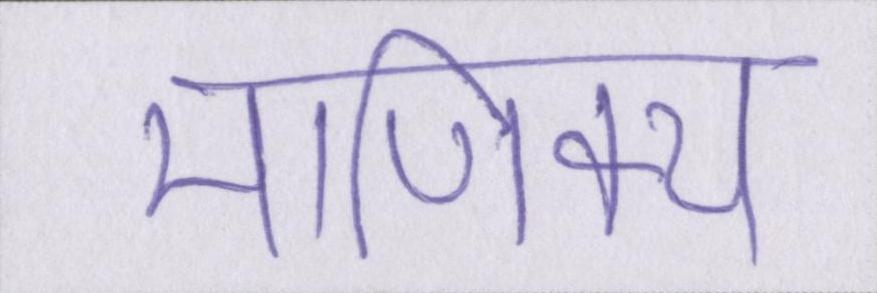
माणिक्य